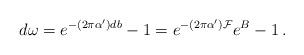
LaTeX: \begin{align*}d\omega =e^{-(2\pi\alpha^{\prime})db} -1= e^{-(2\pi\alpha^{\prime}){\cal F}}e^{B} -1\, .\end{align*}